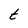
Character: t